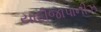
યાદીજાપાનીઝ